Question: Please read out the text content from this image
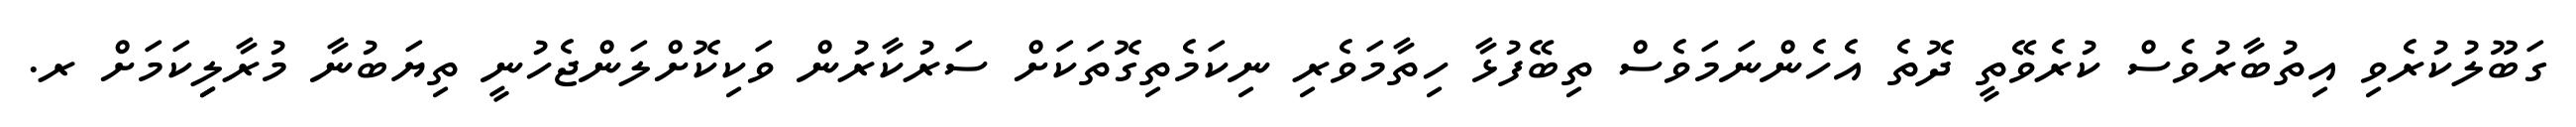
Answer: ގަބޫލުކުރެވި އިތުބާރުވެސް ކުރެވޭތީ ދޮތެ އެހެންނަމަވެސް ތިބޭފުޅާ ހިތާމަވެރި ނިކަމެތިގޮތަކަށް ސަރުކާރުން ވަކިކޮށްލަންޖެހުނީ ތިޔަބުނާ މުރާލިިކަމަށް ރ.